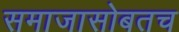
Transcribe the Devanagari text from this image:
समाजासोबतच